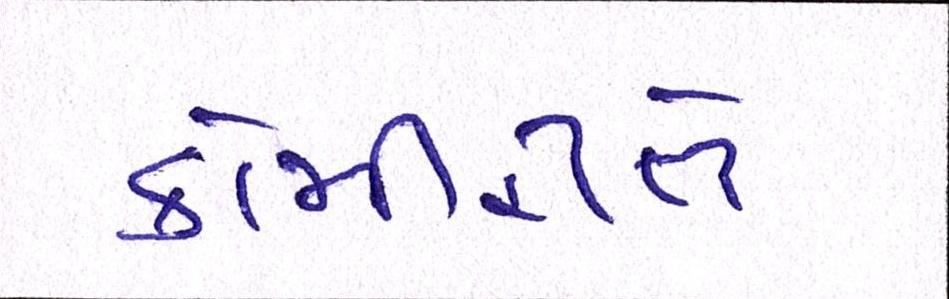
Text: કોમીરીતે